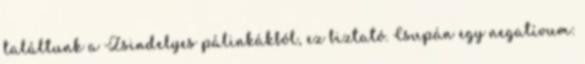
találtunk a Zsindelyes pálinkákból, ez biztató. Csupán egy negatívum: